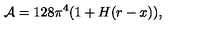
{ \cal A } = 1 2 8 \pi ^ { 4 } ( 1 + H ( r - x ) ) ,